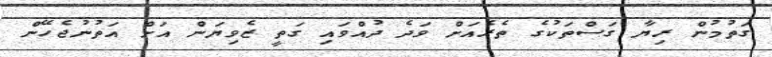
ގަތުމުން ރިޔާ ގަސްތަކުގެ ތެރެއަށް ވަދެ ދުއްވައި ގަތީ ޒެވިޔަން އަށް އަތުނުޖެހޭން